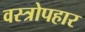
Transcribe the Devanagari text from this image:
वस्त्रोपहार